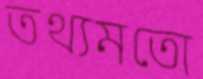
তথ্যমতো